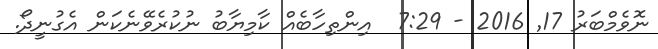
ނޮވެމްބަރު 17